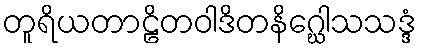
တူရိယတာဠိတဝါဒိတနိဂ္ဃေါသသဒ္ဒံ